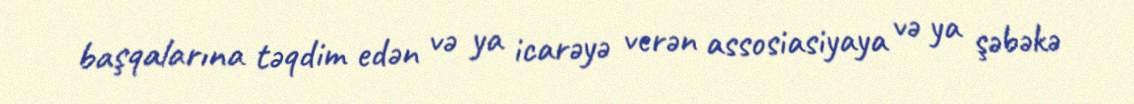
başqalarına təqdim edən və ya icarəyə verən assosiasiyaya və ya şəbəkə